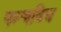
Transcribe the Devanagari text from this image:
पन्चविध